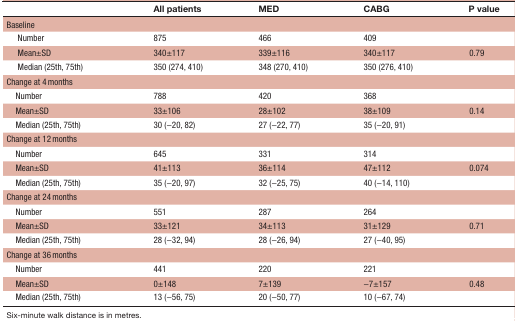
|  | All patients | MED | CABG | P value |
 | --- | --- | --- | --- | --- |
 | <COLSPAN=5> Baseline |
 | Number | 875 | 466 | 409 |  |
 | Mean±SD | 340±117 | 339±116 | 340±117 | 0.79 |
 | Median (25th, 75th) | 350 (274, 410) | 348 (270, 410) | 350 (276, 410) |  |
 | <COLSPAN=5> Change at 4 months |
 | Number | 788 | 420 | 368 |  |
 | Mean±SD | 33±106 | 28±102 | 38±109 | 0.14 |
 | Median (25th, 75th) | 30 (−20, 82) | 27 (−22, 77) | 35 (−20, 91) |  |
 | <COLSPAN=5> Change at 12 months |
 | Number | 645 | 331 | 314 |  |
 | Mean±SD | 41±113 | 36±114 | 47±112 | 0.074 |
 | Median (25th, 75th) | 35 (−20, 97) | 32 (−25, 75) | 40 (−14, 110) |  |
 | <COLSPAN=5> Change at 24 months |
 | Number | 551 | 287 | 264 |  |
 | Mean±SD | 33±121 | 34±113 | 31±129 | 0.71 |
 | Median (25th, 75th) | 28 (−32, 94) | 28 (−26, 94) | 27 (−40, 95) |  |
 | <COLSPAN=5> Change at 36 months |
 | Number | 441 | 220 | 221 |  |
 | Mean±SD | 0±148 | 7±139 | −7±157 | 0.48 |
 | Median (25th, 75th) | 13 (−56, 75) | 20 (−50, 77) | 10 (−67, 74) |  |